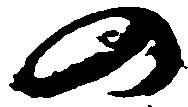
の